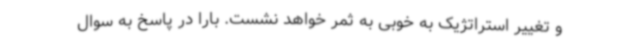
و تغییر استراتژیک به خوبی به ثمر خواهد نشست. بارا در پاسخ به سوال